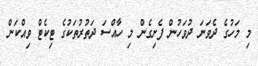
މި މަހުގެ ދެވަނަ ދުވަހުން ފެށިގެން މި ހާއްސަ ދަތުރުތަކުގެ ޓިކެޓް ވިއްކަން